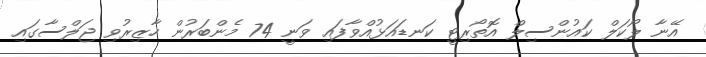
އޭނާ ލޯކަލް ކައުންސިލް އޮތޯރިޓީ ކަނޑައަޅުއްވާފައި ވަނީ 74 މެންބަރުން ހާޒިރުވި ޖަލްސާގައި